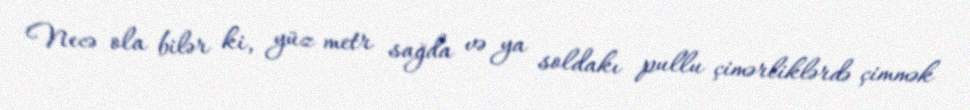
Necə ola bilər ki, yüz metr sağda və ya soldakı pullu çimərliklərdə çimmək